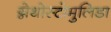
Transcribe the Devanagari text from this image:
ग्नेथोस्टोमुलिडा